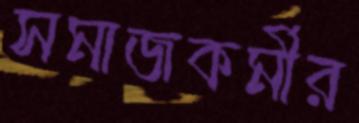
সমাজকর্মীর